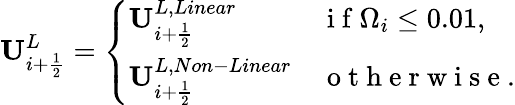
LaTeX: \mathbf{U}_{i+\frac{1}{2}}^{L}=\left\{ \begin{array}{ll}{\mathbf{U}_{i+\frac{1}{2}}^{L,Linear}}&{\mathrm{~i~f~}\Omega_{i}\leq 0.01,}\\ {\mathbf{U}_{i+\frac{1}{2}}^{L,Non-Linear}}&{\mathrm{~o~t~h~e~r~w~i~s~e~}.}\end{array}\right.